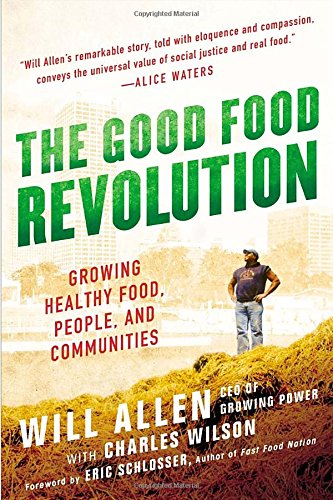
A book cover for The Good Food Revolution: Growing Healthy Food, People, and Communities; Will Allen; Cookbooks, Food & Wine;